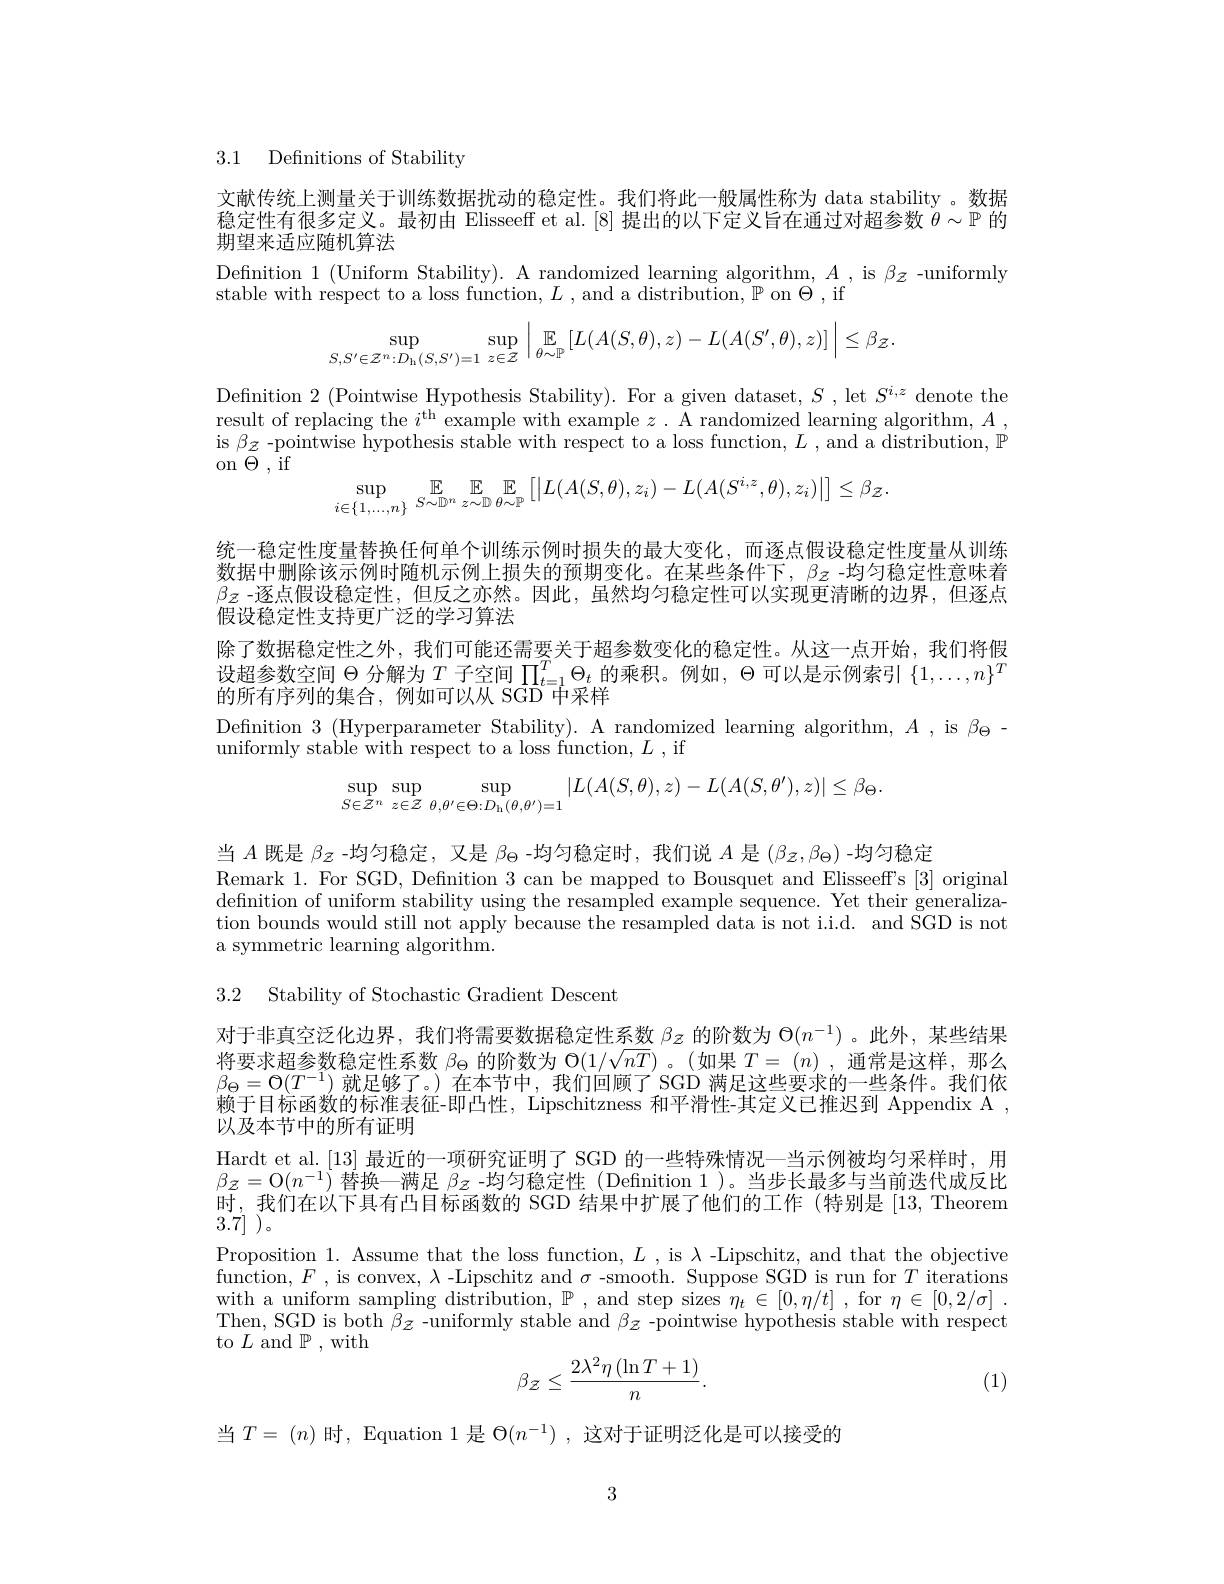
3.1 Definitions of Stability

文献传统上测量关于训练数据扰动的稳定性。我们将此一般属性称为 data stability 。数据稳定性有很多定义。最初由 Elisseeff et al.[8] 提出的以下定义旨在通过对超参数$\theta\sim\mathbb{P}$的期望来适应随机算法

Defnition 1 (Uniform Stability). A randomized learning algorithm, $A$ , is $\beta_{\mathcal{Z}}$ -uniformly
stable with respect to a loss function, $L$ , and a distribution, $\mathbb{P}$ on $\Theta$,if
$$\sup\limits_{S,S'\in\mathcal{Z}^{n}:D_{\mathrm{h}}(S,S')=1}\sup\limits_{z\in\mathcal{Z}}\left|\:\mathbb{E}\limits_{\theta\sim\mathbb{P}}[L(A(S,\theta),z)-L(A(S',\theta),z)]\:\right|\leq\beta_{\mathcal{Z}}.$$
Defnition 2 (Pointwise Hypothesis Stability). For a given dataset, $S$ , let $S^i,z$ denote the result of replacing the $i^\mathrm{th}$ example with example $z.$ A randomized learning algorithm, $A$, is $\beta_{\mathcal{Z}}$ -pointwise hypothesis stable with respect to a loss function, $L$ , and a distribution, $\mathbb{P}$ on $\Theta$ , if
$$\sup_{i\in\{1,\ldots,n\}}\mathbb{E}\:\mathbb{E}\:\mathbb{E}\:\mathbb{E}\:\big[\big|L(A(S,\theta),z_{i})-L(A(S^{i,z},\theta),z_{i})\big|\big]\leq\beta_{\mathcal{Z}}.$$
统一稳定性度量替换任何单个训练示例时损失的最大变化，而逐点假设稳定性度量从训练数据中删除该示例时随机示例上损失的预期变化。在某些条件下，$\beta_z$ -均匀稳定性意味着$\beta_Z$ -逐点假设稳定性，但反之亦然。因此，虽然均匀稳定性可以实现更清晰的边界，但逐点假设稳定性支持更广泛的学习算法
除了数据稳定性之外，我们可能还需要关于超参数变化的稳定性。从这一点开始，我们将假设超参数空间$\Theta$分解为$T$子空间$\prod_t=1^T\Theta_t$的乘积。例如，$\Theta$可以是示例索引$\{1,\ldots,n\}^T$ 的所有序列的集合，例如可以从 SGD 中采样
Definition $3\allowbreak ( {\mathrm{mod}} $Hyperparameter Stability) . A randomized learning algorithm, $A) $,is $\beta_\Theta-$

uniformly stable with respect to a loss function, $L$ , if
$$\sup\limits_{S\in\mathcal{Z}^n}\sup\limits_{z\in\mathcal{Z}}\sup\limits_{\theta,\theta'\in\Theta:D_{\mathrm{h}}(\theta,\theta')=1}|L(A(S,\theta),z)-L(A(S,\theta'),z)|\leq\beta_{\Theta}.$$
当$A$既是$\beta_{Z}$ -均匀稳定，又是$\beta_\Theta$ -均匀稳定时，我们说$A$是$(\beta_{\mathcal{Z}},\beta_{\Theta})$ -均匀稳定
Remark 1. For SGD, Defnition 3 can be mapped to Bousquet and Elisseeff's [3] original defnition of uniform stability using the resampled example sequence. Yet their generalization bounds would still not apply because the resampled data is not i.i.d. and SGD is not a symmetric learning algorithm.

3.2 Stability of Stochastic Gradient Descent

对于非真空泛化边界，我们将需要数据稳定性系数$\beta_{\mathcal{Z}}$的阶数为$\Theta(n^{-1})$ 。此外，某些结果将要求超参数稳定性系数$\beta_\mathrm{\Theta}$的阶数为$\mathcal{O}(1/\sqrt{nT})$。(如果$T=\left(n\right)$,通常是这样，那么$\beta_\Theta=\mathcal{O}(T^{-1})$就足够了。)在本节中，我们回顾了SGD 满足这些要求的一些条件。我们依赖于目标函数的标准表征-即凸性，Lipschitzness 和平滑性-其定义已推迟到 Appendix A , 以及本节中的所有证明
Hardt et al. [13]最近的一项研究证明了 SGD 的一些特殊情况—当示例被均匀采样时，用$\beta_{\mathcal{Z}}=$O$(n^-1)$替换一满足$\beta_\mathcal{Z}$ -均匀稳定性 (Defnition 1 )。当步长最多与当前迭代成反比时，我们在以下具有凸目标函数的 SGD 结果中扩展了他们的工作 (特别是 [13,Theorem 3.7]
Proposition 1. Assume that the loss function, $L$, is $\lambda$ -Lipschitz, and that the objective $\bar {\text{function, }F}$ ,is convex, $\lambda$ -Lipschitz and $\sigma$ -smooth. Suppose SGD is run for $T$ iterations with a uniform sampling distribution, $\mathbb{P}$, and step sizes $\eta_t\in[0,\eta/t]$ , for $\eta \in [ 0, 2/ \sigma ]$ . Then, SGD is both $\beta_{\mathcal{Z}}$ -uniformly stable and $\beta_{\mathcal{Z}}$ -pointwise hypothesis stable with respect to $L$ and P , with
$$\beta_{\mathcal{Z}}\leq\frac{2\lambda^{2}\eta\left(\ln T+1\right)}{n}.$$
(1)

当$T=(n)$时，Equation 1是 $\Theta(n^-1)$, 这对于证明泛化是可以接受的

3